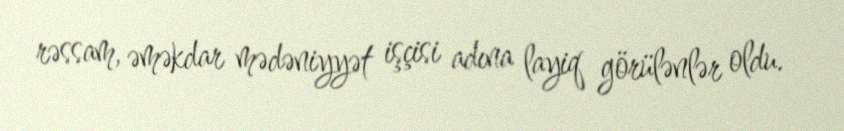
rəssam, əməkdar mədəniyyət işçisi adına layiq görülənlər oldu.